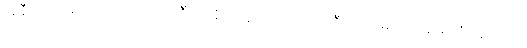
အနီးအနားရှိ ဓာတ်ပုံဆရာတစ်ဦးက ရိုက်ကူးထားခဲ့သည်။ ဦးစောမောင်က သေဆုံးသူများကို